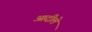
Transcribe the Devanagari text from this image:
आदीले